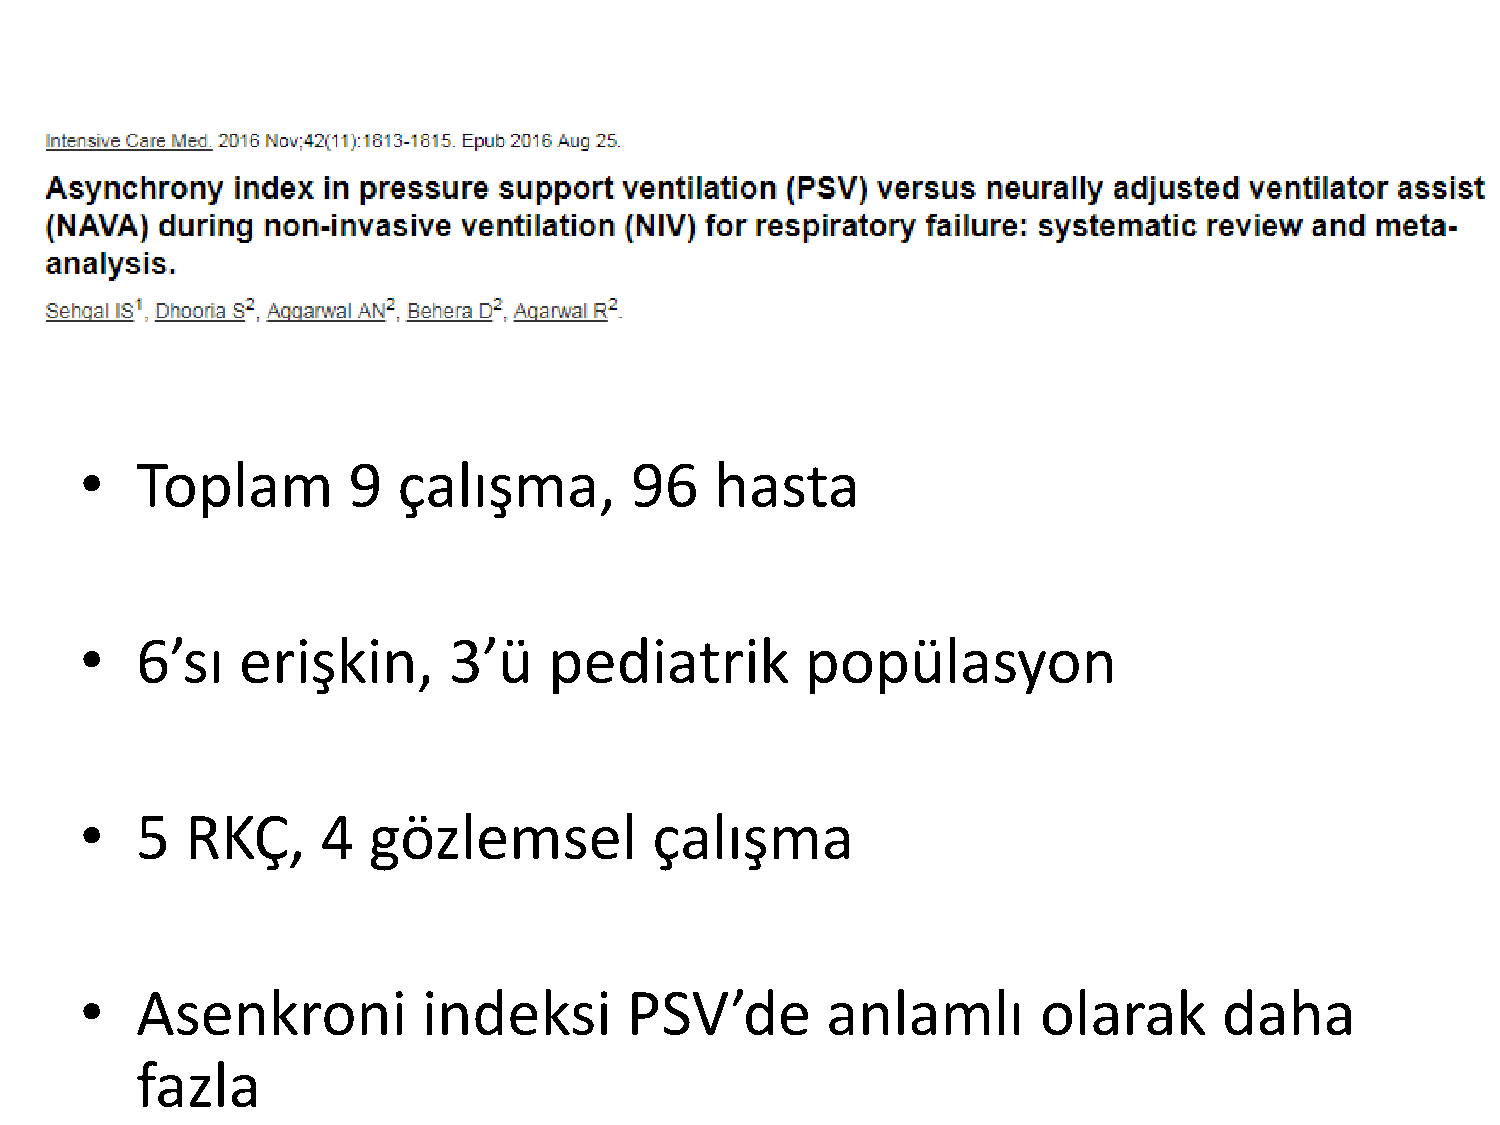
•   Toplam        9  çalışma,        96   hasta
 •   6’sı   erişkin,      3’ü   pediatrik        popülasyon
 •   5  RKÇ,     4  gözlemsel          çalışma
 •   Asenkroni          indeksi      PSV’de        anlamlı       olarak      daha
 fazla